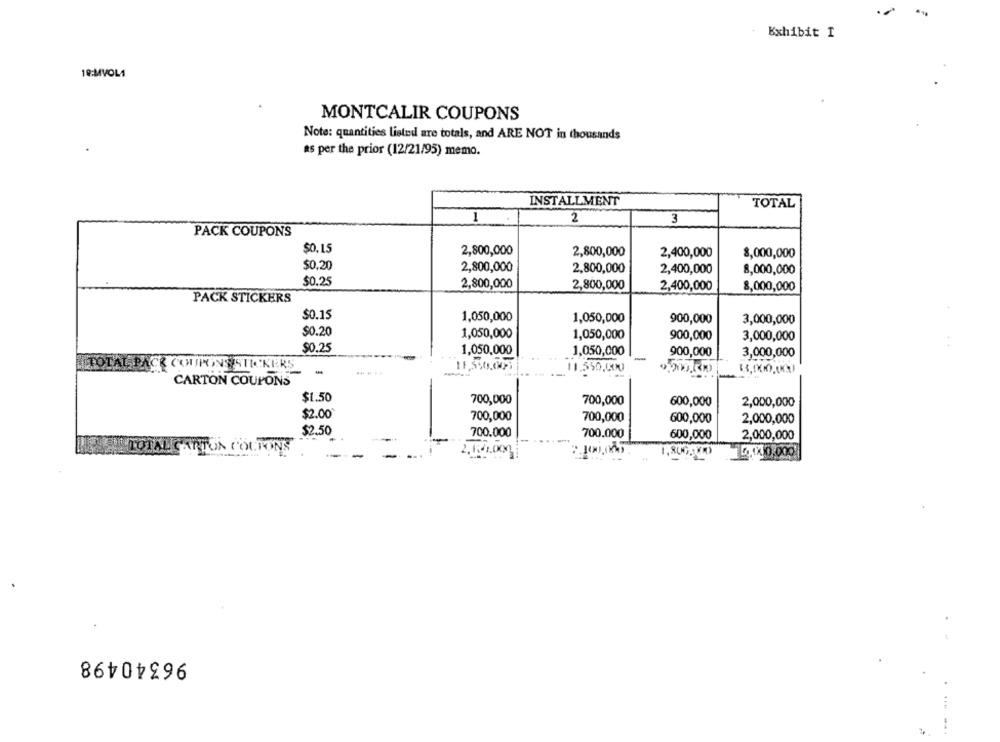
Exhibit I
10:MVOL1
MONTCALIR COUPONS
Note: quantities listed are totals, and ARE NOT in thousands
as per the prior (12/21/95) memo.
INSTALLMENT
TOTAL
1
2
3
PACK COUPONS
$0.15
2,800,000
2,800,000
2,400,000
8,000,000
$0,20
2,800,000
2,800,000
2,400,000
8,000,000
$0.25
2,800,000
2,800,000
2,400,000
8,000,000
PACK STICKERS
$0.15
1,050,000
1,050,000
900,000
3,000,000
$0.20
1,050,000
1,050,000
900,000
3,000,000
$0.25
1,050,000
1,050,000
900,000
3,000,000
TO
CE COUPONS STICKERS
.... ..
11.550,00
33,000,1KM
CARTON COUPONS
$1.50
700,000
700,000
600,000
2,000,000
$2.00
700,000
700,000
600,000
2,000,000
$2.50
700.000
700.000
600,000
2,000,000
TOTAL CA
TON COL
2. 1841.000
0.00.000
96340498
......